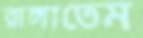
রাঙ্গাতেম